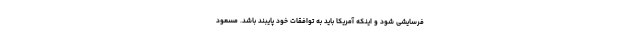
فرسایشی شود و اینکه آمریکا باید به توافقات خود پایبند باشد. مسعود